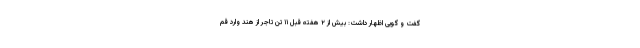
گفت و گویی اظهار داشت: بیش از ۲ هفته قبل ۱۱ تَن تاجر از هند وارد قم